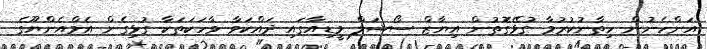
އަންހެނުން ހިތާނުކުރުމާ ގުޅޭގޮތުން އިޔާޒް ސޯޝަލް މީޑިއާގައި ދައްކަވާ ވާހަކަތަކާ ގުޅިގެން އެމްއެންޔޫގެ